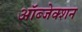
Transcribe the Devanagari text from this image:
ऑब्जेक्शन